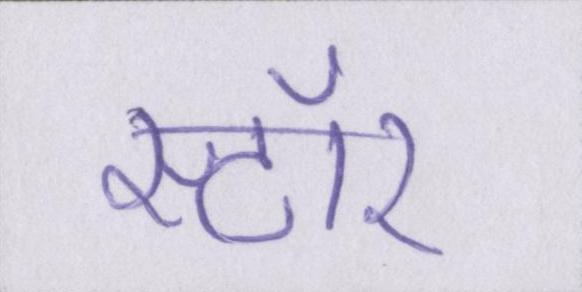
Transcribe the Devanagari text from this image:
स्टॉर